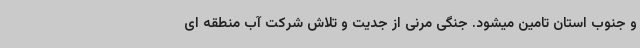
و جنوب استان تامین میشود. جنگی مرنی از جدیت و تلاش شرکت آب منطقه ای